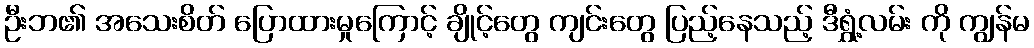
ဦးဘ၏ အသေးစိတ် ပြောထားမှုကြောင့် ချိုင့်တွေ ကျင်းတွေ ပြည့်နေသည့် ဒီရွှံ့လမ်း ကို ကျွန်မ